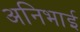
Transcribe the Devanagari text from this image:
अनिभाई